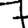
Digit: 7